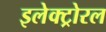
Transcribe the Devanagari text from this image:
इलेक्ट्रोरल